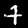
Digit: 7